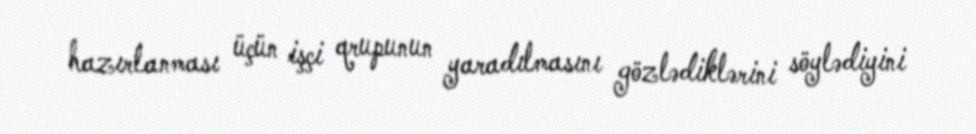
hazırlanması üçün işçi qrupunun yaradılmasını gözlədiklərini söylədiyini